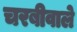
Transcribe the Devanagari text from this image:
चरबीवाले